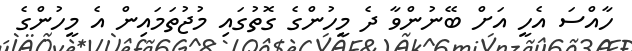
ހާއްސަ އެހީ އަށް ބޭނުންވާ ދެ މީހުންގެ ގޮތުގައި މުޖުތަމައިން އެ މީހުންގެ